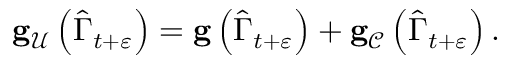
\begin{array} { r } { \mathbf { g } _ { \mathcal { U } } \left( \widehat { \Gamma } _ { t + \varepsilon } \right) = \mathbf { g } \left( \widehat { \Gamma } _ { t + \varepsilon } \right) + \mathbf { g } _ { \mathcal { C } } \left( \widehat { \Gamma } _ { t + \varepsilon } \right) . } \end{array}